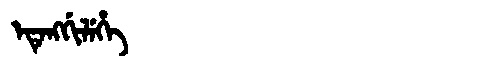
Manchu: ᡝᡨᡝᠩᡤᡳᠯᡝᡥᡝ
Romanization: ETENGGILEHE